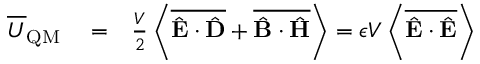
\begin{array} { r l r } { \overline { { U } } _ { \mathrm { Q M } } } & { { } = } & { \frac { V } { 2 } \left\langle \overline { { \hat { { \bf E } } \cdot \hat { { \bf D } } } } + \overline { { \hat { { \bf B } } \cdot \hat { { \bf H } } } } \right\rangle = \epsilon V \left\langle \overline { { \hat { { \bf E } } \cdot \hat { { \bf E } } } } \right\rangle } \end{array}